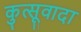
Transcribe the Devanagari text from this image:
कुत्सूवादा